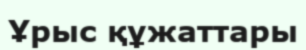
Ұрыс құжаттары